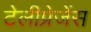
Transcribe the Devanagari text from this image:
टेलीप्रेजेंस